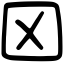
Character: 龱